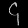
Digit: ၄